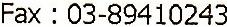
FAX : 03-89410243